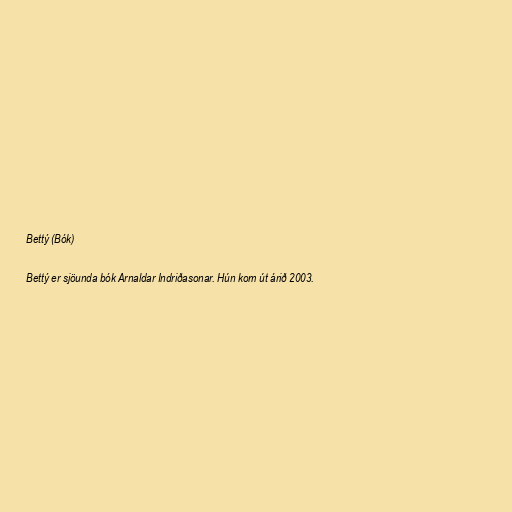
Bettý (Bók)

Bettý er sjöunda bók Arnaldar Indriðasonar. Hún kom út árið 2003.